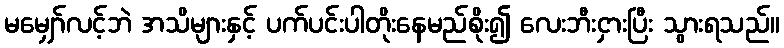
မမျှော်လင့်ဘဲ အသိများနှင့် ပက်ပင်းပါတိုးနေမည်စိုး၍ လေးဘီးငှားပြီး သွားရသည်။